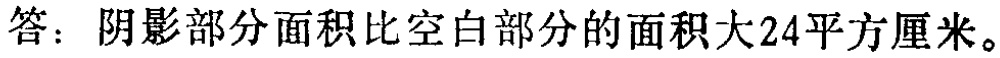
答：阴影部分面积比空白部分的面积大24平方厘米。